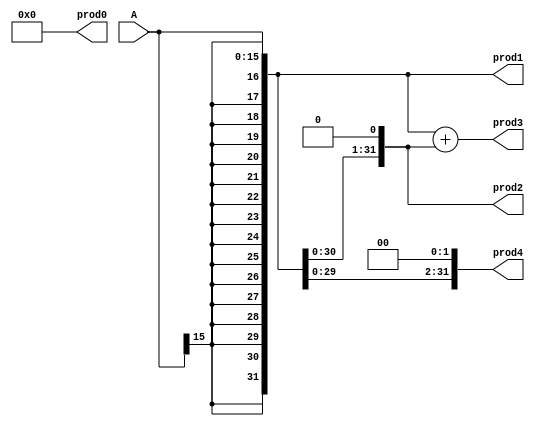
module ac_gen_prod (
    input [15:0] A,
    output [31:0] prod0,
    output [31:0] prod1,
    output [31:0] prod2,
    output [31:0] prod3,
    output [31:0] prod4
    //wallce tree32
);
   
    assign prod0 = 32'd0;
    assign prod1 = {{16{A[15]}},A};
    assign prod2 = {{15{A[15]}},A,1'b0};
    assign prod3 = {{16{A[15]}},A}+{{15{A[15]}},A,1'b0};
    assign prod4 = {{14{A[15]}},A,2'b00};
endmodule